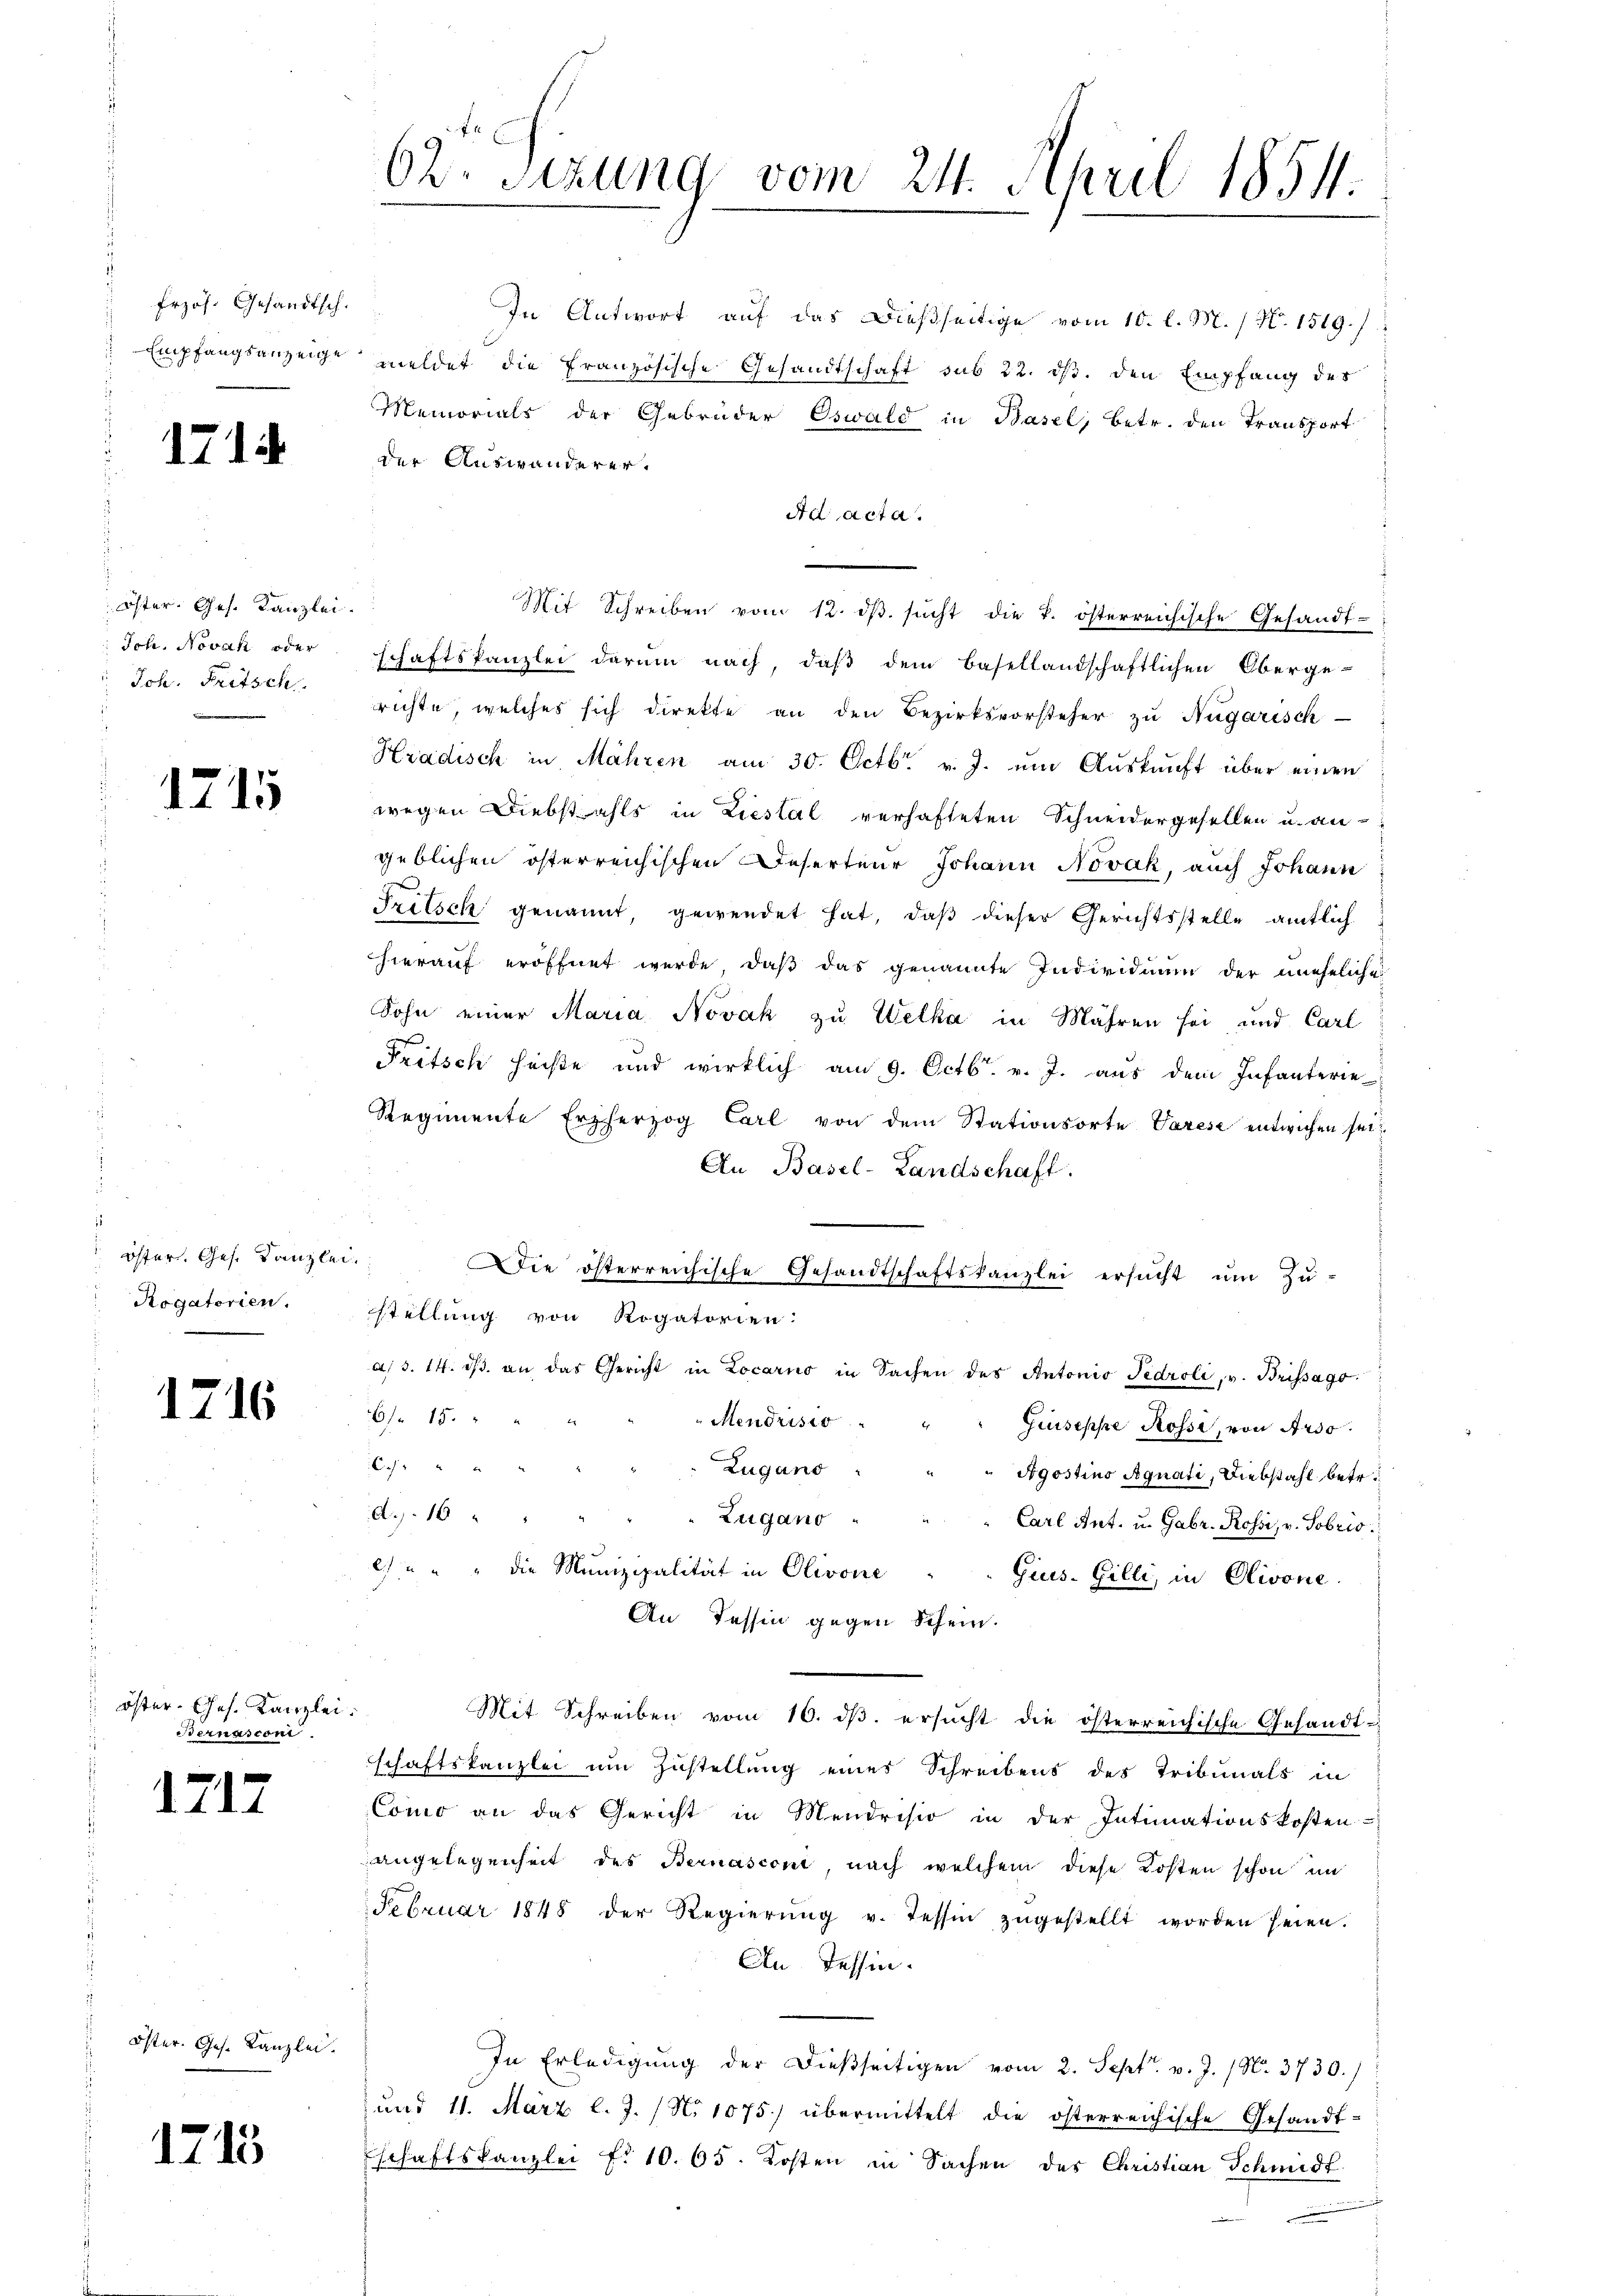
Erzös. Gesandtsch.
Empfangsanzeige

1714

Öster. Ges. Kanzlei.
Joh. Novan oder
Jch. Fritsch

1715

i
öster. Ges. Kanzlei
Rogatorien.

1716

öster Ches. Kanzlei
Bernasconi

1717

Öster. Ges. Kanzlei.

1713

d

62. Sitzung vom 24. April 1854.

In Antwort auf das dießseitige vom 10. l. M. / N. 1519./
meldet, die Französische Gesandtschaft sub 22. ds. den Empfang des
Memorials der Gebrüder Oswald in Basel, betr. den Transport
der Auswanderer.
Ad acta.
.
Mit Schreiben vom 12. dβ. sucht die k. österreichische Gesandt-
schaftskanzlei darum nach, daß dem Basellandschaftlichen Oberge-
richte, welches sich direkte an den Bezirksvorsteher zu Nugarisch
Hradisch in Mähren am 30. Octbr. v. J. um Auskunft über einen
wegen Diebstahls in Liestal verhafteten Schneidergesellen u. an
geblichen österreichischen Reserteur Johann Novak, auch Johann
x
Tritsch genannt, gewendet hat, daß dieser Gerichtsstelle amtlich
hierauf eröffnet werde, daß das genannte Individium der uneheliche
Sohn einer Maria Novak zu Welka in Mähren sei und Carl
Fritsch heiße und wirklich am 9. Octb. v. J. aus dem Infanterie-
Regimente Erzherzog Carl von dem Stationsorte Varese entwichen sei
An Basel-Landschaft.
Die österreichische Gesandtschaftskanzlei ersucht um Zu-
stellung von Rogatorien:
a. d. 14. dβ an das Gericht in Locarno in Sachen des Antonio Fedroli, v. Brissago
16 f 15.
Mendristo
Guseppe Rosse, von Arso
 xx
Zugano
Agostins Agnati, Diebstahl betr.
A. 16
Zugano
Carl Ant. u. Gebr. Rossi, v. Sobris
) " " " die Munizipalität in Olivone
Gius. Gilli, in Olivone.
An Tessin gegen Schein.
Mit Schreiben vom 10. dβ. ersucht die österreichische Gesandt-
schaftskanzlei um Zustellung eines Schreibens des Tribunals in
Como an das Gericht in Mendrisio in der Intimationskosten
angelegenheit des Bernasconi, nach welchem diese Kosten schon ein
Februar 1848 der Regierŭng v. Tessin zŭgestellt worden seien.
An Tessin.
In Erledigung der dießseitigen vom 2. Sept. v. J. / N. 3730./
und 11. März l. J. (N. 1075 übermittelt die österreichische Gesandt-
schaftskanzlei fr. 10. 65. Kosten in Sachen des Christian Schmidt.
n